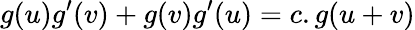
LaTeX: g(u)g^{\prime}(v)+g(v)g^{\prime}(u)=c.g(u+v)